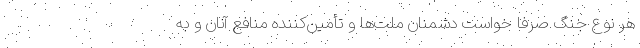
هر نوع جنگ صرفاً خواست دشمنان ملّت‌ها و تأمین‌کننده منافع آنان و به